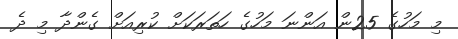
މި މަހުގެ 25ން އަންނަ މަހުގެ ހަތަރަކަށް ކުރިއަށް ގެންދާ މި ދެ